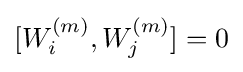
[W_{i}^{(m)},W_{j}^{(m)}]=0